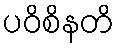
ပဝိစိနတိ